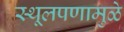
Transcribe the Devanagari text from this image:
स्थूलपणामुळे